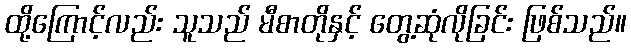
ထို့ကြောင့်လည်း သူသည် မီစာတိုနှင့် တွေ့ဆုံလိုခြင်း ဖြစ်သည်။